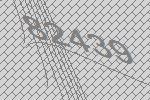
82439